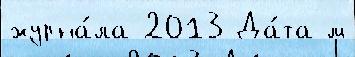
журна́ла 2013 Да́та м